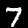
Digit: 7